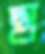
ছা